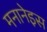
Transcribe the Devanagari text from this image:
मनानेइस